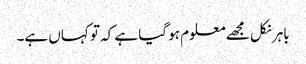
باہر نکل مجھے معلوم ہو گیا ہے کہ تو کہاں ہے۔